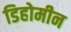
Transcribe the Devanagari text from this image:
डिहोमीन